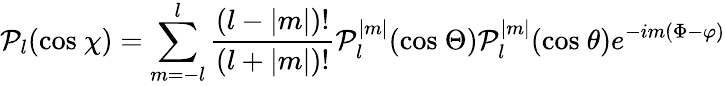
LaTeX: \mathcal{P}_{l}(\textrm{cos}\ \chi)=\sum_{m=-l}^{l}\frac{(l-|m|)!}{(l+|m|)!}\mathcal{P}_{l}^{|m|}(\textrm{cos}\ \Theta)\mathcal{P}_{l}^{|m|}(\textrm{cos}\ \theta)e^{-im(\Phi-\varphi)}